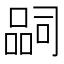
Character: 𭊉